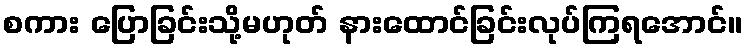
စကား ပြောခြင်းသို့မဟုတ် နားထောင်ခြင်းလုပ်ကြရအောင်။